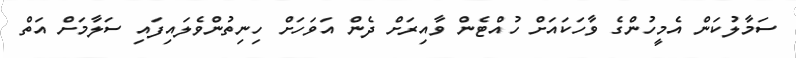
ސަމާލުކަން އެމީހުންގެ ވާހަކައަށް ހުއްޓެން ވާއިރަށް ދެން އަވަަހަށް ހިނިތުންވެލައިފައި ސަލާމަށް އަތް